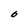
Character: O